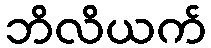
ဘိလိယက်